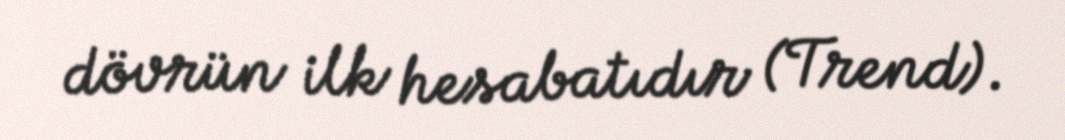
dövrün ilk hesabatıdır (Trend).